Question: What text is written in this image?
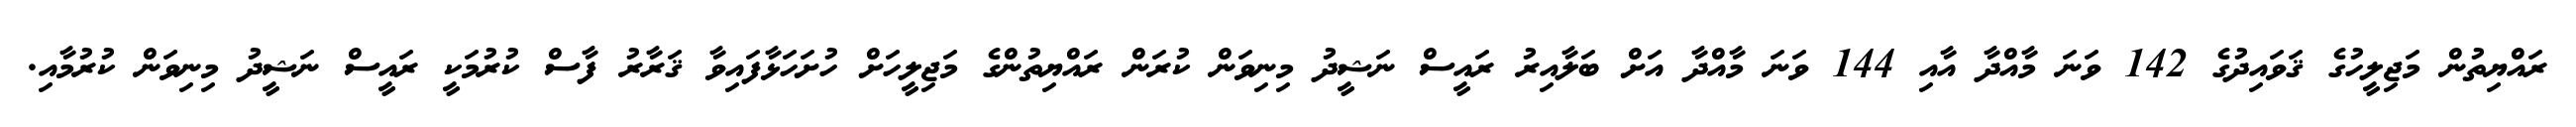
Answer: ރައްޔިތުން މަޖިލީހުގެ ޤަވައިދުގެ 142 ވަނަ މާއްދާ އާއި 144 ވަނަ މާއްދާ އަށް ބަލާއިރު ރައީސް ނަޝީދު މިނިވަން ކުރަން ރައްޔިތުންގެ މަޖިލީހަށް ހުށަހަޅާފައިވާ ޤަރާރު ފާސް ކުރުމަކީ ރައީސް ނަޝީދު މިނިވަން ކުރުމާއި.